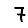
Digit: 7